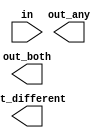
// You are given a 100-bit input vector in[99:0]. 
//We want to know some relationships between each bit and its neighbour:

//out_both: Each bit of this output vector should indicate whether both the corresponding input bit and its neighbour to the left are '1'. For example, out_both[98] should indicate if in[98] and in[99] are both 1. Since in[99] has no neighbour to the left, the answer is obvious so we don't need to know out_both[99].
//out_any: Each bit of this output vector should indicate whether any of the corresponding input bit and its neighbour to the right are '1'. For example, out_any[2] should indicate if either in[2] or in[1] are 1. Since in[0] has no neighbour to the right, the answer is obvious so we don't need to know out_any[0].
//out_different: Each bit of this output vector should indicate whether the corresponding input bit is different from its neighbour to the left. For example, out_different[98] should indicate if in[98] is different from in[99]. For this part, treat the vector as wrapping around, so in[99]'s neighbour to the left is in[0].


// Hint: Using vectors, this can still be done in 3 assign statements.

module top_module( 
    input [99:0] in,
    output [98:0] out_both,
    output [99:1] out_any,
    output [99:0] out_different );

    // Insert your code here

endmodule